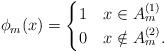
LaTeX: \begin{align*}\phi_m(x) = \begin{cases} 1 & x\in A_m^{(1)} \\ 0 & x\notin A_m^{(2)}.\end{cases}\end{align*}